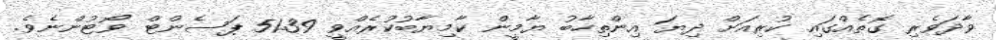
ވާދަވެރި ގޮތެއްގައި ކުރިއަށް ދިޔަ އިންތިހާބު ޔާމީން ކާމިޔާބުކުރެއްވީ 51.39 ޕަސެންޓް ވޯޓުންނެވެ.